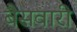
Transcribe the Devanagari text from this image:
बैसवारी